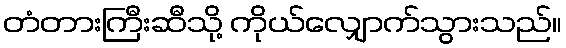
တံတားကြီးဆီသို့ ကိုယ်လျှောက်သွားသည်။